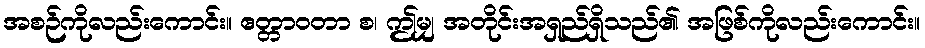
အစဉ်ကိုလည်းကောင်း။ ဧတ္တာဝတာ စ၊ ဤမျှ အတိုင်းအရှည်ရှိသည်၏ အဖြစ်ကိုလည်းကောင်း။